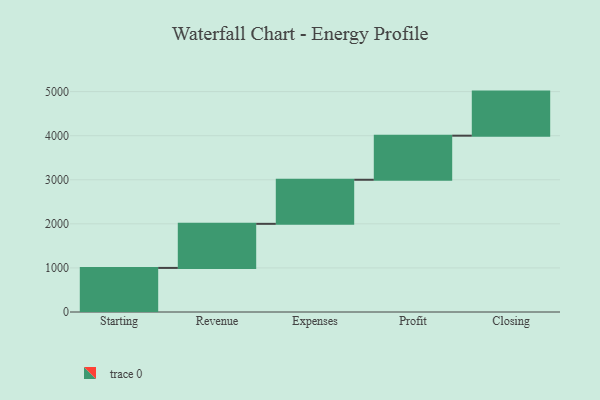
{"axis": {"x": "Step", "y": "Value"}, "legend": [""], "data": [{"x": "Starting", "y": 1000, "type": ""}, {"x": "Revenue", "y": 1000, "type": ""}, {"x": "Expenses", "y": 1000, "type": ""}, {"x": "Profit", "y": 1000, "type": ""}, {"x": "Closing", "y": 1000, "type": ""}]}